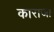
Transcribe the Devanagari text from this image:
काराजा